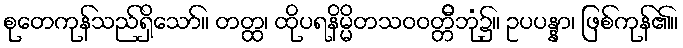
စုတေကုန်သည်ရှိသော်။ တတ္ထ၊ ထိုပရနိမ္မိတသဝဝတ္တိီဘုံ၌။ ဥပပန္နာ၊ ဖြစ်ကုန်၏။